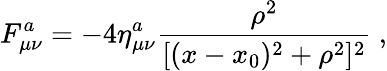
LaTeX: F_{\mu\nu}^{a}=-4\eta_{\mu\nu}^{a}\frac{\rho^{2}}{[(x-x_{0})^{2}+\rho^{2}]^{2}}\ ,